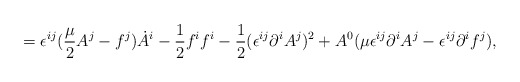
\begin{align*}=\epsilon ^{ij}({{\mu }\over 2}A^j-f^j)\dot A^i-{1\over 2}f^i f^i-{1\over 2}(\epsilon ^{ij}\partial ^iA^j)^2 +A^0(\mu \epsilon ^{ij}\partial ^iA^j -\epsilon ^{ij}\partial ^if^j ),\end{align*}